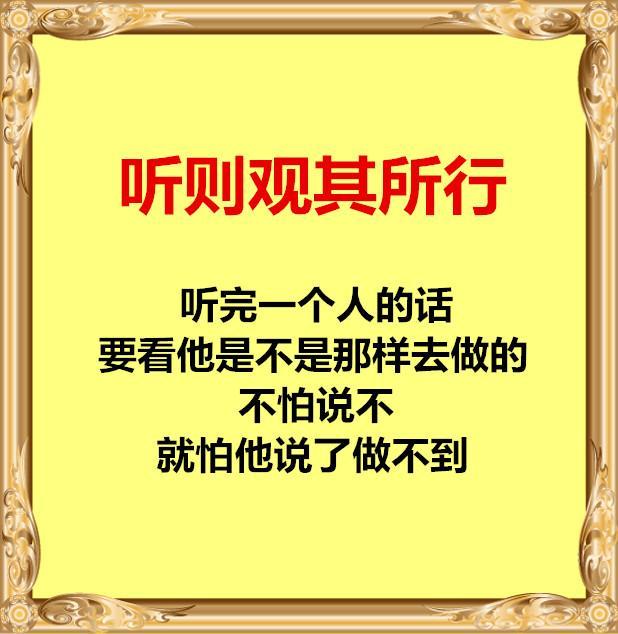
岁暮远为客，边隅还用兵。